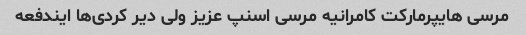
مرسی هایپرمارکت کامرانیه مرسی اسنپ عزیز ولی دیر کردی‌ها ایندفعه